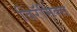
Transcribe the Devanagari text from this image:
विरॅमिक्स